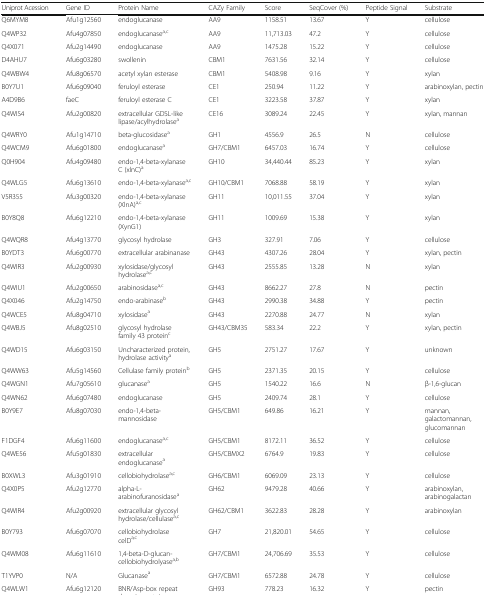
<table><thead><tr><td><b>Uniprot Acession</b></td><td><b>Gene ID</b></td><td><b>Protein Name</b></td><td><b>CAZy Family</b></td><td><b>Score</b></td><td><b>SeqCover (%)</b></td><td><b>Peptide Signal</b></td><td><b>Substrate</b></td></tr></thead><tbody><tr><td>Q6MYM8</td><td>Afu1g12560</td><td>endoglucanase</td><td>AA9</td><td>1158.51</td><td>13.67</td><td>Y</td><td>cellulose</td></tr><tr><td>Q4WP32</td><td>Afu4g07850</td><td>endoglucanase<sup>a,c</sup></td><td>AA9</td><td>11,713.03</td><td>47.2</td><td>Y</td><td>cellulose</td></tr><tr><td>Q4X071</td><td>Afu2g14490</td><td>endoglucanase</td><td>AA9</td><td>1475.28</td><td>15.22</td><td>Y</td><td>cellulose</td></tr><tr><td>D4AHU7</td><td>Afu6g03280</td><td>swollenin</td><td>CBM1</td><td>7631.56</td><td>32.14</td><td>Y</td><td>cellulose</td></tr><tr><td>Q4WBW4</td><td>Afu8g06570</td><td>acetyl xylan esterase</td><td>CBM1</td><td>5408.98</td><td>9.16</td><td>Y</td><td>xylan</td></tr><tr><td>B0Y7U1</td><td>Afu6g09040</td><td>feruloyl esterase</td><td>CE1</td><td>250.94</td><td>11.22</td><td>Y</td><td>arabinoxylan, pectin</td></tr><tr><td>A4D9B6</td><td>faeC</td><td>feruloyl esterase C</td><td>CE1</td><td>3223.58</td><td>37.87</td><td>Y</td><td>xylan</td></tr><tr><td>Q4WIS4</td><td>Afu2g00820</td><td>extracellular GDSL-like lipase/acylhydrolase<sup>a</sup></td><td>CE16</td><td>3089.24</td><td>22.45</td><td>Y</td><td>xylan, mannan</td></tr><tr><td>Q4WRY0</td><td>Afu1g14710</td><td>beta-glucosidase<sup>a</sup></td><td>GH1</td><td>4556.9</td><td>26.5</td><td>N</td><td>cellulose</td></tr><tr><td>Q4WCM9</td><td>Afu6g01800</td><td>endoglucanase<sup>a</sup></td><td>GH7/CBM1</td><td>6457.03</td><td>16.74</td><td>Y</td><td>cellulose</td></tr><tr><td>Q0H904</td><td>Afu4g09480</td><td>endo-1,4-beta-xylanase C (xlnC)<sup>a</sup></td><td>GH10</td><td>34,440.44</td><td>85.23</td><td>Y</td><td>xylan</td></tr><tr><td>Q4WLG5</td><td>Afu6g13610</td><td>endo-1,4-beta-xylanase<sup>a,c</sup></td><td>GH10/CBM1</td><td>7068.88</td><td>58.19</td><td>Y</td><td>xylan</td></tr><tr><td>V5R355</td><td>Afu3g00320</td><td>endo-1,4-beta-xylanase (XlnA)<sup>a,c</sup></td><td>GH11</td><td>10,011.55</td><td>37.04</td><td>Y</td><td>xylan</td></tr><tr><td>B0Y8Q8</td><td>Afu6g12210</td><td>endo-1,4-beta-xylanase (XynG1)</td><td>GH11</td><td>1009.69</td><td>15.38</td><td>Y</td><td>xylan</td></tr><tr><td>Q4WQR8</td><td>Afu4g13770</td><td>glycosyl hydrolase</td><td>GH3</td><td>327.91</td><td>7.06</td><td>Y</td><td>cellulose</td></tr><tr><td>B0YDT3</td><td>Afu6g00770</td><td>extracellular arabinanase</td><td>GH43</td><td>4307.26</td><td>28.04</td><td>Y</td><td>xylan, pectin</td></tr><tr><td>Q4WIR3</td><td>Afu2g00930</td><td>xylosidase/glycosyl hydrolase<sup>a,c</sup></td><td>GH43</td><td>2555.85</td><td>13.28</td><td>N</td><td>xylan</td></tr><tr><td>Q4WIU1</td><td>Afu2g00650</td><td>arabinosidase<sup>a,c</sup></td><td>GH43</td><td>8662.27</td><td>27.8</td><td>N</td><td>pectin</td></tr><tr><td>Q4X046</td><td>Afu2g14750</td><td>endo-arabinase<sup>b</sup></td><td>GH43</td><td>2990.38</td><td>34.88</td><td>Y</td><td>pectin</td></tr><tr><td>Q4WCE5</td><td>Afu8g04710</td><td>xylosidase<sup>a</sup></td><td>GH43</td><td>2270.88</td><td>24.77</td><td>N</td><td>xylan</td></tr><tr><td>Q4WBJ5</td><td>Afu8g02510</td><td>glycosyl hydrolase family 43 protein<sup>c</sup></td><td>GH43/CBM35</td><td>583.34</td><td>22.2</td><td>Y</td><td>xylan, pectin</td></tr><tr><td>Q4WD15</td><td>Afu6g03150</td><td>Uncharacterized protein, hydrolase activity<sup>a</sup></td><td>GH5</td><td>2751.27</td><td>17.67</td><td>Y</td><td>unknown</td></tr><tr><td>Q4WW63</td><td>Afu5g14560</td><td>Cellulase family protein<sup>b</sup></td><td>GH5</td><td>2371.35</td><td>20.15</td><td>Y</td><td>cellulose</td></tr><tr><td>Q4WGN1</td><td>Afu7g05610</td><td>glucanase<sup>a</sup></td><td>GH5</td><td>1540.22</td><td>16.6</td><td>N</td><td>β-1,6-glucan</td></tr><tr><td>Q4WN62</td><td>Afu6g07480</td><td>endoglucanase</td><td>GH5</td><td>2409.74</td><td>28.1</td><td>Y</td><td>cellulose</td></tr><tr><td>B0Y9E7</td><td>Afu8g07030</td><td>endo-1,4-beta-mannosidase</td><td>GH5/CBM1</td><td>649.86</td><td>16.21</td><td>Y</td><td>mannan, galactomannan, glucomannan</td></tr><tr><td>F1DGF4</td><td>Afu6g11600</td><td>endoglucanase<sup>a,c</sup></td><td>GH5/CBM1</td><td>8172.11</td><td>36.52</td><td>Y</td><td>cellulose</td></tr><tr><td>Q4WE56</td><td>Afu5g01830</td><td>extracellular endoglucanase<sup>a</sup></td><td>GH5/CBMX2</td><td>6764.9</td><td>19.83</td><td>Y</td><td>cellulose</td></tr><tr><td>B0XWL3</td><td>Afu3g01910</td><td>cellobiohydrolase<sup>a,c</sup></td><td>GH6/CBM1</td><td>6069.09</td><td>23.13</td><td>Y</td><td>cellulose</td></tr><tr><td>Q4X0P5</td><td>Afu2g12770</td><td>alpha-L-arabinofuranosidase<sup>a</sup></td><td>GH62</td><td>9479.28</td><td>40.66</td><td>Y</td><td>arabinoxylan, arabinogalactan</td></tr><tr><td>Q4WIR4</td><td>Afu2g00920</td><td>extracellular glycosyl hydrolase/cellulase<sup>a,c</sup></td><td>GH62/CBM1</td><td>3622.83</td><td>28.28</td><td>Y</td><td>arabinoxylan</td></tr><tr><td>B0Y793</td><td>Afu6g07070</td><td>cellobiohydrolase celD<sup>a,c</sup></td><td>GH7</td><td>21,820.01</td><td>54.65</td><td>Y</td><td>cellulose</td></tr><tr><td>Q4WM08</td><td>Afu6g11610</td><td>1,4-beta-D-glucan-cellobiohydrolyase<sup>a,b</sup></td><td>GH7/CBM1</td><td>24,706.69</td><td>35.53</td><td>Y</td><td>cellulose</td></tr><tr><td>T1YVP0</td><td>N/A</td><td>Glucanase<sup>a</sup></td><td>GH7/CBM1</td><td>6572.88</td><td>24.78</td><td>Y</td><td>cellulose</td></tr><tr><td>Q4WLW1</td><td>Afu6g12120</td><td>BNR/Asp-box repeat domain protein</td><td>GH93</td><td>778.23</td><td>16.32</td><td>Y</td><td>pectin</td></tr></tbody></table>